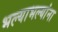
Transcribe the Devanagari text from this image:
भल्याभल्यांना